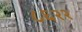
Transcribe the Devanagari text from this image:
८६२२